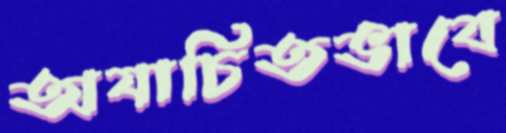
অযাচিতভাবে